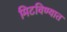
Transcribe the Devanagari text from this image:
मिटविण्यात